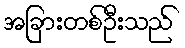
အခြားတစ်ဦးသည်